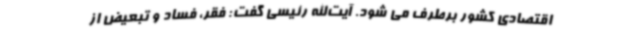
اقتصادی کشور برطرف می شود. آیت‌الله رئیسی گفت: فقر، فساد و تبعیض از